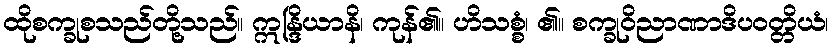
ထိုစက္ခုစသည်တို့သည်။ ဣန္ဒြိယာနိ၊ ကုန်၏။ ဟိသစ္စံ၊ ၏။ စက္ခုဝိညာဏာဒိပဝတ္တိယံ၊